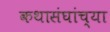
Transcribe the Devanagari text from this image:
कथासंघांच्या